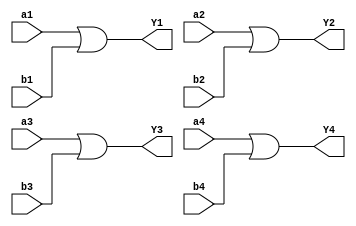
`timescale 1ns / 1ps
/////////////////////////////////////////////////////////////////
// Module Name: four_2_input_or_gate
// Description: Four 2-input OR gate with DELAY configuration parameter
// Parameters: DELAY
/////////////////////////////////////////////////////////////////

module four_2_input_or_gate #(parameter DELAY = 10)(
    input wire a1,b1,a2,b2,a3,b3,a4,b4,
    output wire Y1,Y2,Y3,Y4
    );
    
    or #DELAY (Y1,a1,b1);
    or #DELAY (Y2,a2,b2);
    or #DELAY (Y3,a3,b3);
    or #DELAY (Y4,a4,b4);
    
endmodule